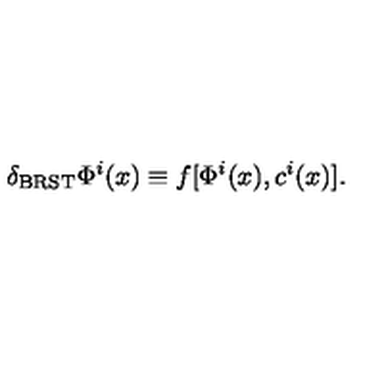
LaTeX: \delta _ { \mathrm { B R S T } } \Phi ^ { i } ( x ) \equiv f [ \Phi ^ { i } ( x ) , c ^ { i } ( x ) ] .